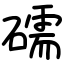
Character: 礝